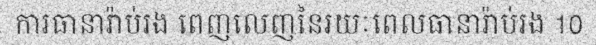
ការធានារ៉ាប់រង ពេញលេញនៃរយៈពេលធានារ៉ាប់រង 10